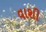
વાશી